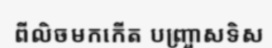
ពីលិចមកកើត បញ្ច្រាសទិស